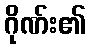
ဂိုဏ်း၏